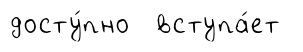
досту́пно вступа́ет